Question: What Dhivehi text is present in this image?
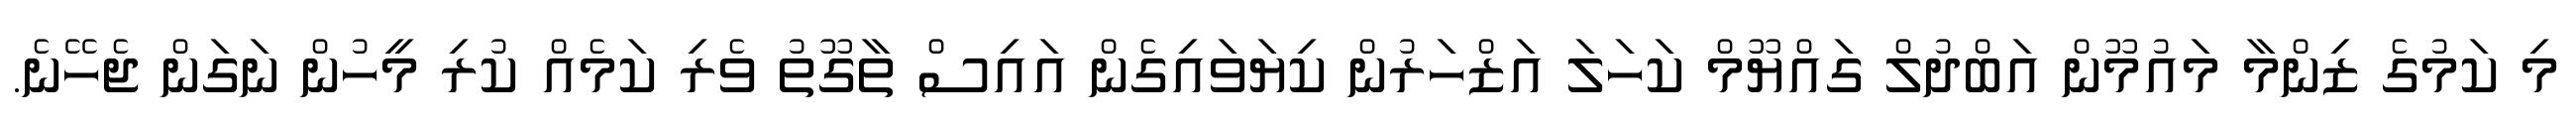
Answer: މި ކަމުގެ ޒިންމާ މައުމޫން އަބްދުލް ގައްޔޫމް ކަހަލަ އަޒްހަރުން ކިޔަވައިގެން އައިސް ތާގޫތު ވެރި ކަމެއް ކުރި މީހުން ނަގަން ޖެހޭނެ.